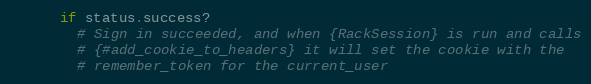
Language: Ruby
      if status.success?
        # Sign in succeeded, and when {RackSession} is run and calls
        # {#add_cookie_to_headers} it will set the cookie with the
        # remember_token for the current_user